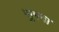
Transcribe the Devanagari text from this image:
सुगना